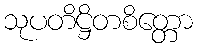
သုပတိဋ္ဌိတစိတ္တော